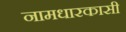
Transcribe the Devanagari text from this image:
नामधारकासी